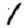
Digit: 1